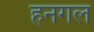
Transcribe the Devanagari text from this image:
हनगल